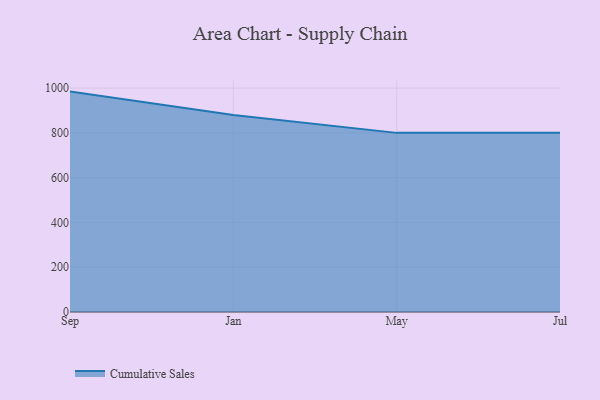
{"axis": {"x": "Month", "y": "Website Visitors"}, "legend": ["Cumulative Sales"], "data": [{"x": "Sep", "y": 984.3, "type": "Cumulative Sales"}, {"x": "Jan", "y": 879.9, "type": "Cumulative Sales"}, {"x": "May", "y": 800, "type": "Cumulative Sales"}, {"x": "Jul", "y": 800, "type": "Cumulative Sales"}]}